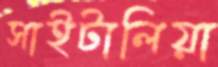
সাইটালিয়া